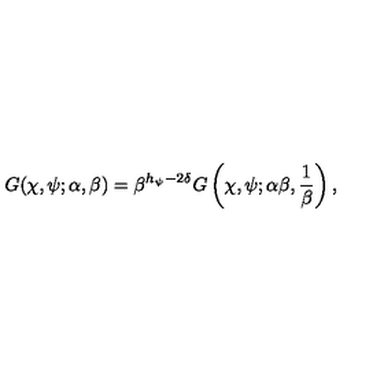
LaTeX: G ( \chi , \psi ; \alpha , \beta ) = \beta ^ { h _ { \psi } - 2 \delta } G \left( \chi , \psi ; \alpha \beta , { \frac { 1 } { \beta } } \right) ,